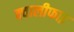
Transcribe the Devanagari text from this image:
क्वालीफाइ